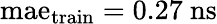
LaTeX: \mathrm{mae}_{\mathrm{train}}=0.27~\mathrm{ns}